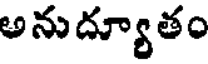
అనుద్యూతం